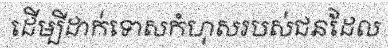
ដើម្បីដាក់ទោសកំហុសរបស់ជនដែល